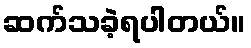
ဆက်သခဲ့ရပါတယ်။